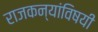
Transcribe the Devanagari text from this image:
राजकन्यांविषयी